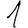
Digit: 1